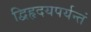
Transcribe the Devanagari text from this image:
द्विहृदयपर्यन्तं